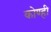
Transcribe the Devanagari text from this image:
कोण्ही